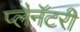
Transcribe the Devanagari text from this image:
प्लैनॅटरी